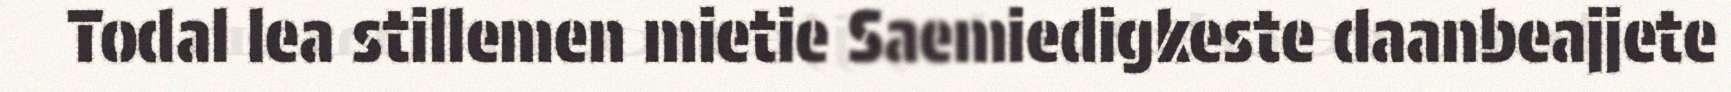
Todal lea stillemen mietie Saemiedigkeste daanbeajjete